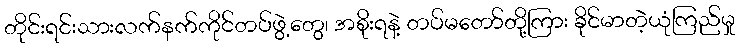
တိုင်းရင်းသားလက်နက်ကိုင်တပ်ဖွဲ့တွေ၊ အစိုးရနဲ့ တပ်မတော်တို့ကြား ခိုင်မာတဲ့ယုံကြည်မှု